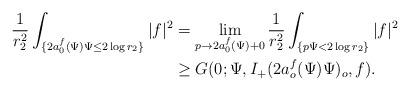
LaTeX: \begin{align*}\frac{1}{r_2^2}\int_{\{2a_0^f(\Psi)\Psi\le2\log r_2\}}|f|^2&=\lim_{p\rightarrow2a_0^f(\Psi)+0}\frac{1}{r_2^2}\int_{\{p\Psi<2\log r_2\}}|f|^2\\&\ge G(0;\Psi,I_+(2a_o^f(\Psi)\Psi)_o,f).\end{align*}